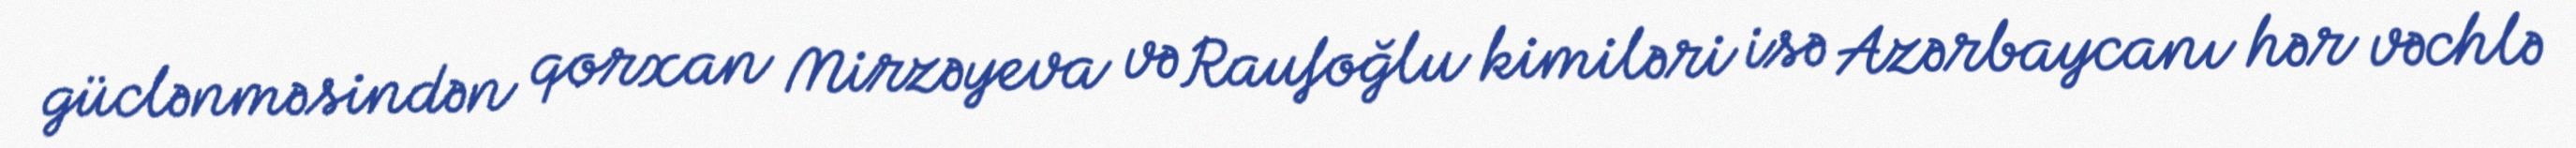
güclənməsindən qorxan Mirzəyeva və Raufoğlu kimiləri isə Azərbaycanı hər vəchlə